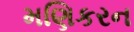
મણિકરન